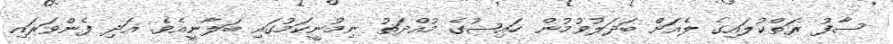
ސާފު ރަތްކުލައިގެ ލެއަށް ބަދަލުވުމުން ހައިޟުގެ މުއްދަތު ނިމުނީކަމުގައި ބަލާނީއެވެ. އަދި ފެންވަރައި